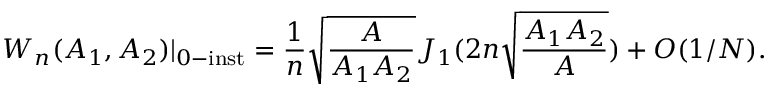
W _ { n } ( A _ { 1 } , A _ { 2 } ) | _ { 0 - \mathrm { i n s t } } = \frac { 1 } { n } \sqrt { \frac { A } { A _ { 1 } A _ { 2 } } } J _ { 1 } ( 2 n \sqrt { \frac { A _ { 1 } A _ { 2 } } { A } } ) + O ( 1 / N ) .